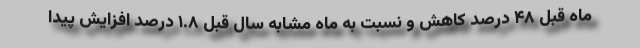
ماه قبل ۴۸ درصد کاهش و نسبت به ماه مشابه سال قبل ۱.۸ درصد افزایش پیدا